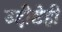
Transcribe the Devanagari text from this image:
उद्दीष्टेही